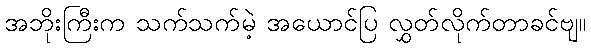
အဘိုးကြီးက သက်သက်မဲ့ အယောင်ပြ လွှတ်လိုက်တာခင်ဗျ။